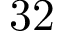
3 2